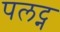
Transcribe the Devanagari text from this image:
पलट्न